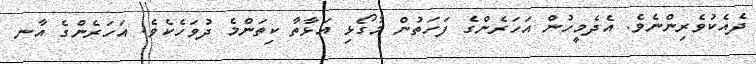
ދެއެކުވެރިންނެވެ. އެދެމީހުން އަހަރެންގެ ފަހަތުން މުގޯޅި އަޅާތާ ކިތަންމެ ދުވަހެކެވެ. އަހަރެންގެ އާނ